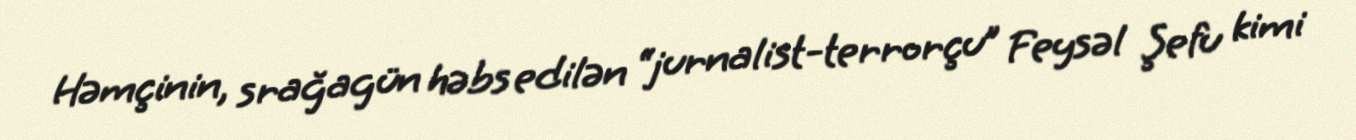
Həmçinin, srağagün həbs edilən “jurnalist-terrorçu” Feysəl Şefu kimi